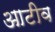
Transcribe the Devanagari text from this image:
आटीव